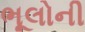
ભૂલોની